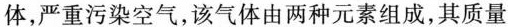
体，严重污染空气，该气体由两种元素组成，其质量